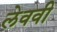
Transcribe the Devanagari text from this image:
लेववी